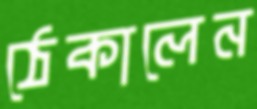
ঠেকালেন